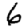
Digit: 6